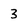
Character: 3